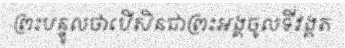
ព្រះបន្ទូលថាបើសិនជាព្រះអង្គចូលទីវង្គត